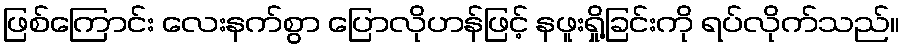
ဖြစ်ကြောင်း လေးနက်စွာ ပြောလိုဟန်ဖြင့် နဖူးရှို့ခြင်းကို ရပ်လိုက်သည်။